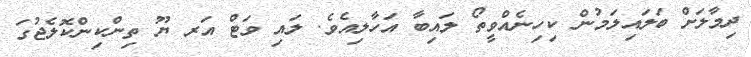
ދިމާލަށް ބަލައިލަމުން ކިހިނެއްވީތޯ ލައިބާ އަހާލިއެވެ. ލައި ވަޓް އަރ ޔޫ ތިންކިންކޮލެޖުގަ